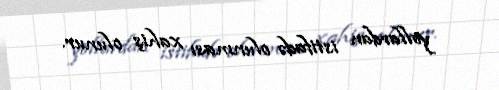
yollardan istifadə olunması xahiş olunur.